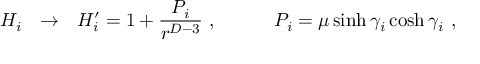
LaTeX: H _ { i } \ \ \to \ \ H _ { i } ^ { \prime } = 1 + { \frac { P _ { i } } { r ^ { D - 3 } } } \ , \ \ \ \ \ \ \ \ \ P _ { i } = \mu \sinh \gamma _ { i } \cosh \gamma _ { i } \ ,